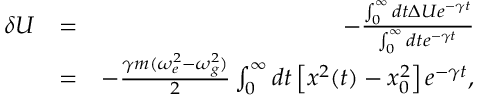
\begin{array} { r l r } { \delta U } & { = } & { - \frac { \int _ { 0 } ^ { \infty } d t \Delta U e ^ { - \gamma t } } { \int _ { 0 } ^ { \infty } d t e ^ { - \gamma t } } } \\ & { = } & { - \frac { \gamma m ( \omega _ { e } ^ { 2 } - \omega _ { g } ^ { 2 } ) } { 2 } \int _ { 0 } ^ { \infty } d t \left[ x ^ { 2 } ( t ) - x _ { 0 } ^ { 2 } \right] e ^ { - \gamma t } , } \end{array}